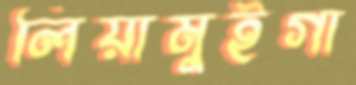
লিয়ামুইগা